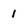
Character: 1